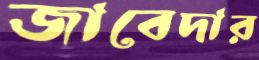
জাবেদার